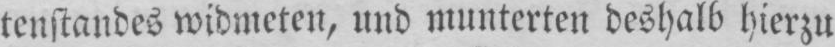
tenstandes widmeten, und munterten deshalb hierzu